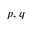
p , q